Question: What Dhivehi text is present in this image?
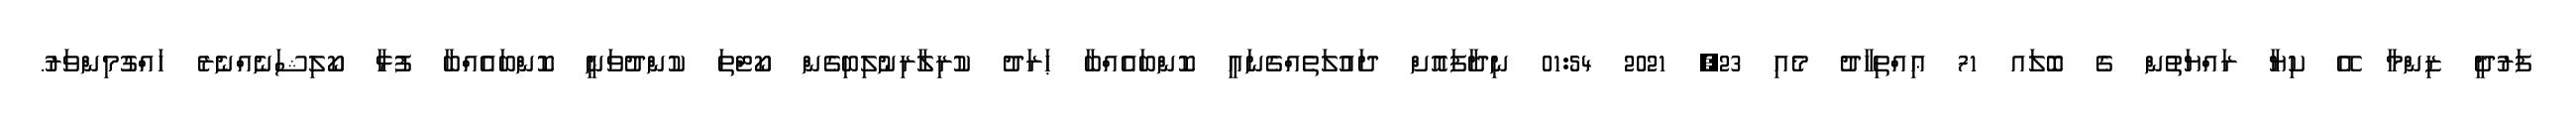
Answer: ފަރުދީ ޒިންމާ އޭ ކިޔާ ރައްޔަތުން ގެ ބޮލައ 71 ޢިއްތިހާދު މެއި 23, 2021 01:54 ނިދާފައޮށް ދައުލަތެއްގެނައީ ކޮންބައެއްބާ ޙަރަދު ކުރިލާރިނުލިބިގެން ކޯޓްތަ ކުންދުވަނީ ކޮންބައެއްބާ ފުޅާ ކޯލިޝަނެއްނެރެ ހައްގުމިންވަރު.